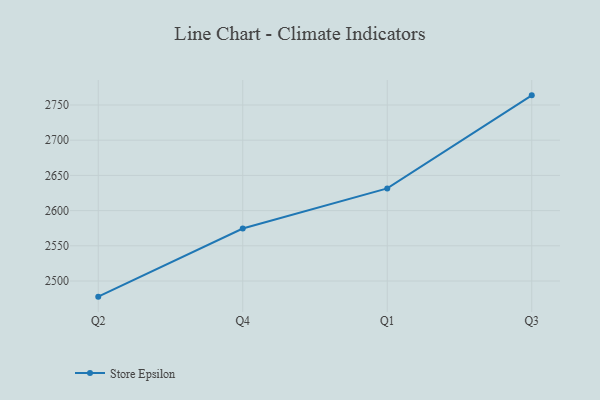
{"axis": {"x": "Quarter", "y": "Latency (ms)"}, "legend": ["Store Epsilon"], "data": [{"x": "Q2", "y": 2477.8, "type": "Store Epsilon"}, {"x": "Q4", "y": 2574.5, "type": "Store Epsilon"}, {"x": "Q1", "y": 2631.5, "type": "Store Epsilon"}, {"x": "Q3", "y": 2763.7, "type": "Store Epsilon"}]}